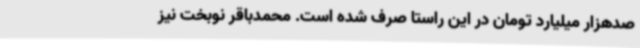
صدهزار میلیارد تومان در این راستا صرف شده است. محمدباقر نوبخت نیز